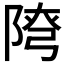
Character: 𨺕